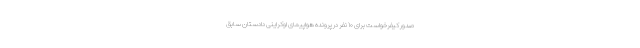
صدور کیفرخواست برای ۱۰ نفر در پرونده هواپیمای اوکراینی دادستان سابق